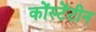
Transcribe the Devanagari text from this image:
कोंस्टेंटीन